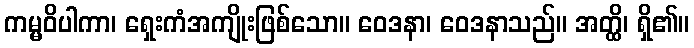
ကမ္မဝိပါကာ၊ ရှေးကံအကျိုးဖြစ်သော။ ဝေဒနာ၊ ဝေဒနာသည်။ အတ္ထိ၊ ရှိ၏။